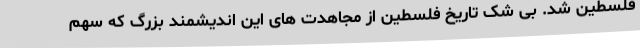
فلسطین شد. بی شک تاریخ فلسطین از مجاهدت های این اندیشمند بزرگ که سهم